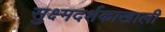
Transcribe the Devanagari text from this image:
सुक्ष्मदर्शकाखाली